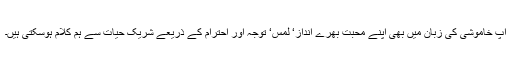
آپ خاموشی کی زبان میں بھی اپنے محبت بھرے انداز‘ لمس‘ توجہ اور احترام کے ذریعے شریک حیات سے ہم کلام ہوسکتی ہیں۔